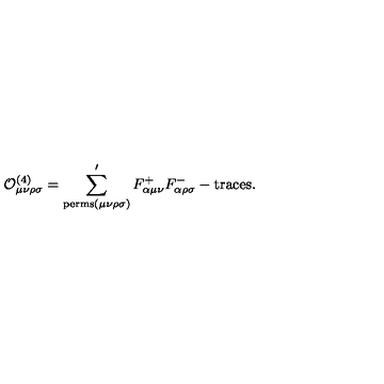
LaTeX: { \cal O } _ { \mu \nu \rho \sigma } ^ { ( 4 ) } = \sum _ { \mathrm { p e r m s } ( \mu \nu \rho \sigma ) } ^ { \prime } F _ { \alpha \mu \nu } ^ { + } F _ { \alpha \rho \sigma } ^ { - } - \mathrm { t r a c e s } .